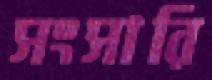
সংসারি